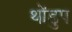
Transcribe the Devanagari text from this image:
थोंडुप